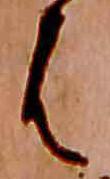
は